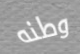
وطنه